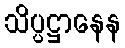
သိပ္ပဋ္ဌာနေန